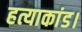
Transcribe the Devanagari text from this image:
हत्याकांड।